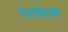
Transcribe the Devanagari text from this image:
पेरापेरास